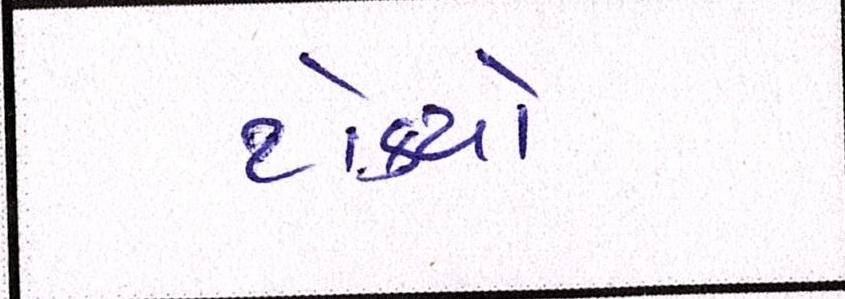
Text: ટોક્યો